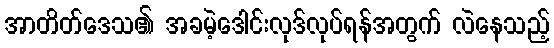
အာတိတ်ဒေသ၏ အခမဲ့ဒေါင်းလုဒ်လုပ်ရန်အတွက် လဲနေသည့်